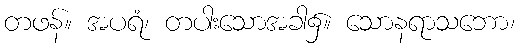
တဖန်။ အပရံ၊ တပါးသောအခါ၌။ သောနရာသဘော၊